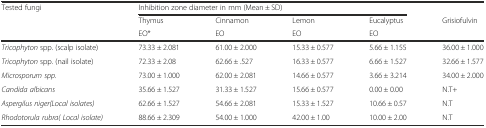
<table><thead><tr><td><b>Tested fungi</b></td><td colspan="4"><b>Inhibition zone diameter in mm (Mean ± SD)</b></td><td></td></tr><tr><td></td><td><b>Thymus</b></td><td><b>Cinnamon</b></td><td><b>Lemon</b></td><td><b>Eucalyptus</b></td><td><b>Grisiofulvin</b></td></tr><tr><td></td><td><b>EO*</b></td><td><b>EO</b></td><td><b>EO</b></td><td><b>EO</b></td><td></td></tr></thead><tbody><tr><td><i>Tricophyton</i> spp. (scalp isolate)</td><td>73.33 ± 2.081</td><td>61.00 ± 2.000</td><td>15.33 ± 0.577</td><td>5.66 ± 1.155</td><td>36.00 ± 1.000</td></tr><tr><td><i>Tricophyton</i> spp. (nail isolate)</td><td>72.33 ± 2.08</td><td>62.66 ± .527</td><td>16.33 ± 0.577</td><td>6.66 ± 1.527</td><td>32.66 ± 1.577</td></tr><tr><td><i>Microsporum spp.</i></td><td>73.00 ± 1.000</td><td>62.00 ± 2.081</td><td>14.66 ± 0.577</td><td>3.66 ± 3.214</td><td>34.00 ± 2.000</td></tr><tr><td><i>Candida albicans</i></td><td>35.66 ± 1.527</td><td>31.33 ± 1.527</td><td>15.66 ± 0.577</td><td>0.00 ± 0.00</td><td>N.T+</td></tr><tr><td><i>Aspergilus niger(Local isolates)</i></td><td>62.66 ± 1.527</td><td>54.66 ± 2.081</td><td>15.33 ± 1.527</td><td>10.66 ± 0.57</td><td>N.T</td></tr><tr><td><i>Rhodotorula rubra( Local isolate)</i></td><td>88.66 ± 2.309</td><td>54.00 ± 1.000</td><td>42.00 ± 1.00</td><td>10.00 ± 2.00</td><td>N.T</td></tr></tbody></table>